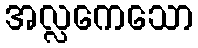
အလ္လကေသော